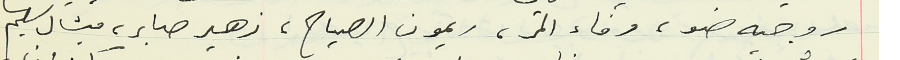
روجيه ضو، وفاء المر، ريمون الصياح، زهير صابر، ميشال سليم